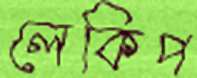
লেকিপ